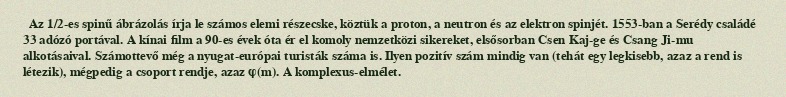
Az 1/2-es spinű ábrázolás írja le számos elemi részecske, köztük a proton, a neutron és az elektron spinjét. 1553-ban a Serédy családé 33 adózó portával. A kínai film a 90-es évek óta ér el komoly nemzetközi sikereket, elsősorban Csen Kaj-ge és Csang Ji-mu alkotásaival. Számottevő még a nyugat-európai turisták száma is. Ilyen pozitív szám mindig van (tehát egy legkisebb, azaz a rend is létezik), mégpedig a csoport rendje, azaz φ(m). A komplexus-elmélet.